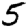
Digit: 5